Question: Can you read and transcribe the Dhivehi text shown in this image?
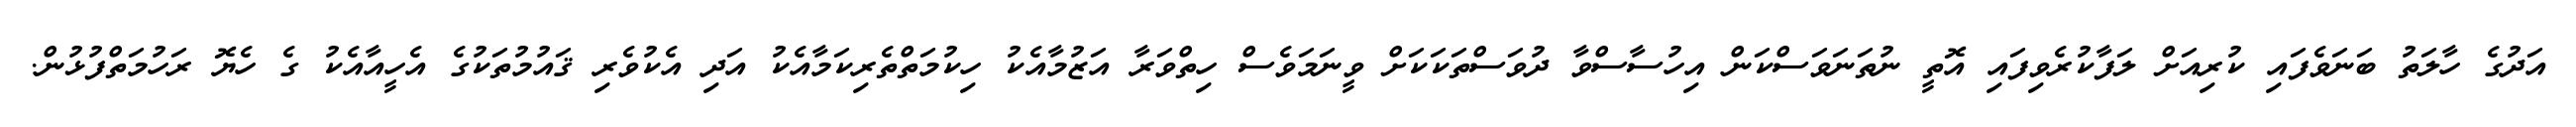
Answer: އަދުގެ ހާލަތު ބަނަވެފައި ކުރިއަށް ލަފާކުރެވިފައި އޮތީ ނުތަނަވަސްކަން އިހުސާސްވާ ދުވަސްތަކަކަށް ވީނަމަވެސް ހިތްވަރާ އަޒުމާއެކު ހިކުމަތްތެރިކަމާއެކު އަދި އެކުވެރި ޤައުމުތަކުގެ އެހީއާއެކު ގެ ހެޔޮ ރަހުމަތްފުޅުން.